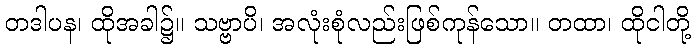
တဒါပန၊ ထိုအခါ၌။ သဗ္ဗာပိ၊ အလုံးစုံလည်းဖြစ်ကုန်သော။ တထာ၊ ထိုငါတို့